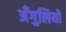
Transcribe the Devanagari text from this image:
अँगुलियो